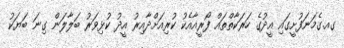
ގއ.ގެމަނަފުށީގައި އީދުގެ ހަރަކާތްތައް ފޯރީއާއެކު ކުރިއަށްދާއިރު އީދު ކުޅިވަރު ބަލާލަން ގިނަ ބަޔަކު